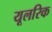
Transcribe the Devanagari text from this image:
यूलरिक